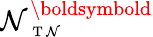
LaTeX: \mathcal{N}_{\mathrm{{~\scriptsize~T~\mathcal{N}~}}}^{\boldsymbold}